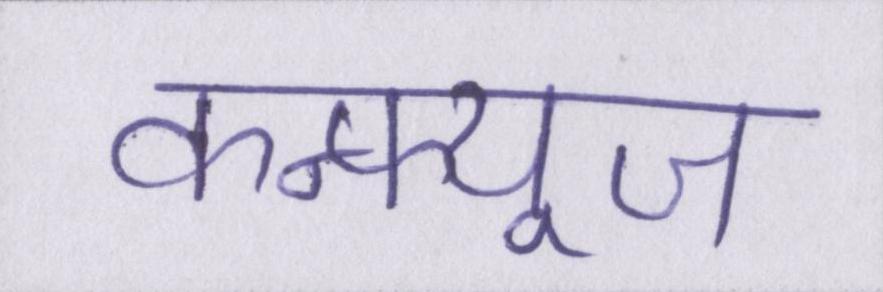
कन्फ्यूज